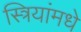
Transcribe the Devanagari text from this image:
स्त्रियांमधे